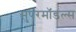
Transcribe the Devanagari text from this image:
सुपरमॉडल्स